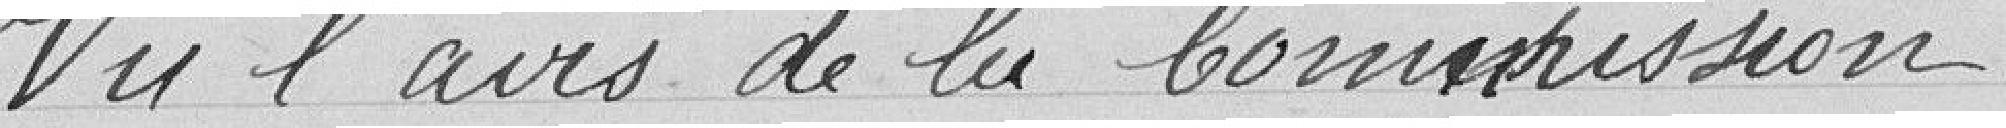
Vu l'avis de la Commission,